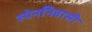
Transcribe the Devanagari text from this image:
स्पेननिवासी